Subject: econ
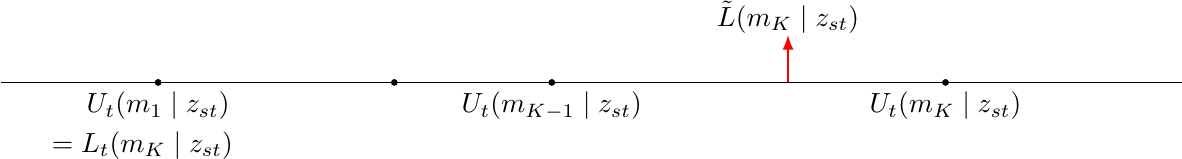
LaTeX code:
\begin{tikzpicture}
    \draw (-6,0) -- (9,0);
    \filldraw (-4,0) circle (1pt)  node[below] {$U_t(m_1\mid z_{st})$};
        \filldraw (-4.2,-0.5)  node[below] {$=L_t(m_K\mid z_{st})$};
            \filldraw (-1,0) circle (1pt);
               \filldraw (1.0,0) circle (1pt) node[below] {$U_t(m_{K-1}\mid z_{st})$};
               \draw[red, thick, -latex] (4.0,0) -- (4.0,0.6);
               \node[above] at (4.0,0.5) {$\tilde{L}(m_K \mid z_{st})$};
    \filldraw (6,0) circle (1pt) node[below] {$U_t(m_K\mid z_{st})$};
\end{tikzpicture}